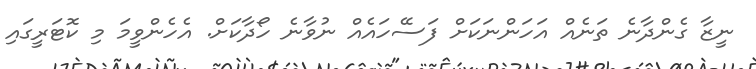
ނީޒާ ގެންދާނެ ތަނެއް އަހަންނަކަށް ފަސޭހައެއް ނުވާނެ ހޯދާކަށް. އެހެންވީމަ މި ކޮޓަރީގައި